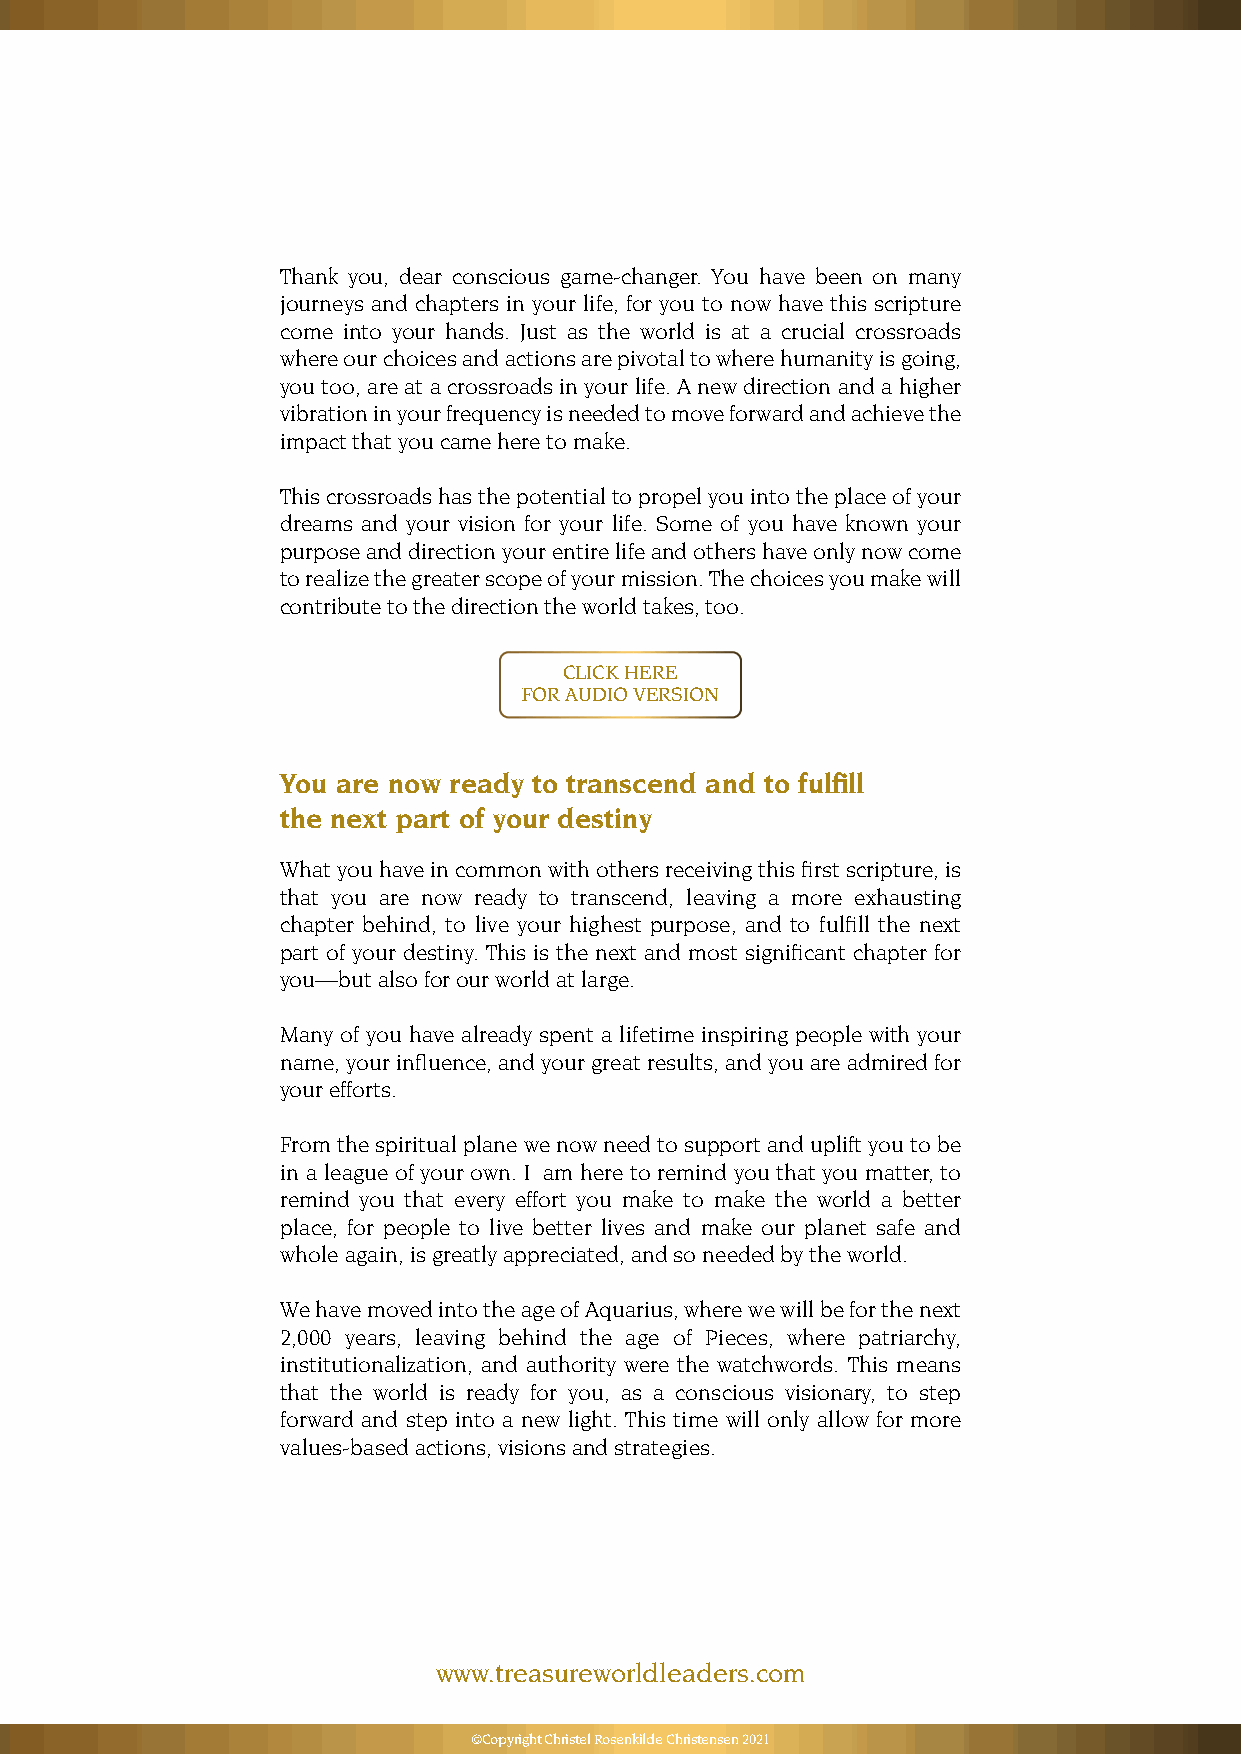
Thank you, dear conscious game-changer. You have been on many
 journeys and chapters in your life, for you to now have this scripture
 come into your hands. Just as the world is at a crucial crossroads
 where our choices and actions are pivotal to where humanity is going,
 you too, are at a crossroads in your life. A new direction and a higher
 vibration in your frequency is needed to move forward and achieve the
 impact that you came here to make.
 This crossroads has the potential to propel you into the place of your
 dreams and your vision for your life. Some of you have known your
 purpose and direction your entire life and others have only now come
 to realize the greater scope of your mission. The choices you make will
 contribute to the direction the world takes, too.
 CLICK HERE
 FOR AUDIO VERSION
 You are now ready to transcend and to fulfill
 the next part of your destiny
 What you have in common with others receiving this first scripture, is
 that you are now ready to transcend, leaving a more exhausting
 chapter behind, to live your highest purpose, and to fulfill the next
 part of your destiny. This is the next and most significant chapter for
 you—but also for our world at large.
 Many of you have already spent a lifetime inspiring people with your
 name, your influence, and your great results, and you are admired for
 your efforts.
 From the spiritual plane we now need to support and uplift you to be
 in a league of your own. I am here to remind you that you matter, to
 remind you that every effort you make to make the world a better
 place, for people to live better lives and make our planet safe and
 whole again, is greatly appreciated, and so needed by the world.
 We have moved into the age of Aquarius, where we will be for the next
 2,000 years, leaving behind the age of Pieces, where patriarchy,
 institutionalization, and authority were the watchwords. This means
 that the world is ready for you, as a conscious visionary, to step
 forward and step into a new light. This time will only allow for more
 values-based actions, visions and strategies.
 www.treasureworldleaders.com
 ©Copyright Christel Rosenkilde Christensen 2021